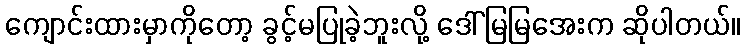
ကျောင်းထားမှာကိုတော့ ခွင့်မပြုခဲ့ဘူးလို့ ဒေါ်မြမြအေးက ဆိုပါတယ်။